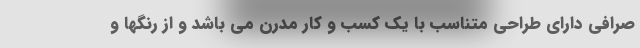
صرافی دارای طراحی متناسب با یک کسب و کار مدرن می باشد و از رنگها و